Indian Civil Veterinary Department memoirs
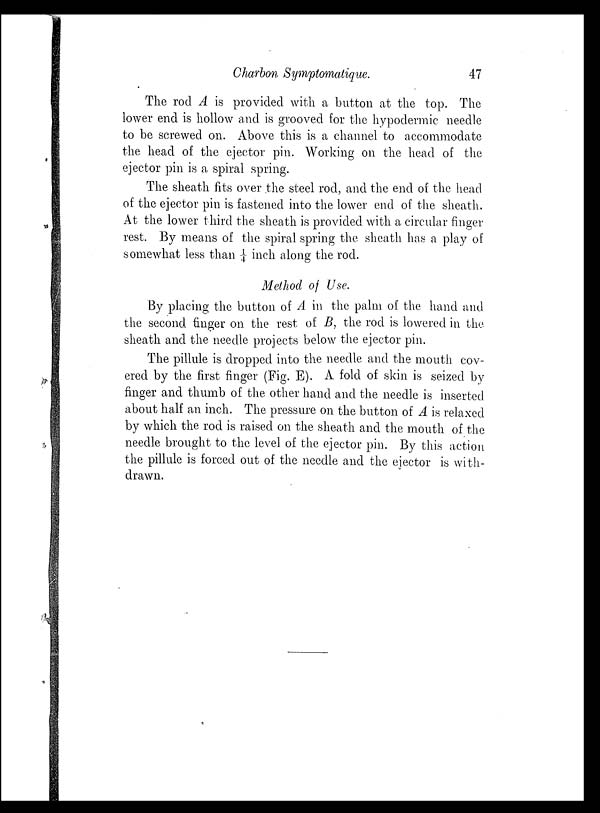
Charbon Symptomatique.
47
The rod A is provided with a button at the top. The
lower end is hollow and is grooved for the hypodermic needle
to be screwed on. Above this is a channel to accommodate
the head of the ejector pin. Working on the head of the
ejector pin is a spiral spring.
The sheath fits over the steel rod, and the end of the head
of the ejector pin is fastened into the lower end of the sheath.
At the lower third the sheath is provided with a circular finger
rest. By means of the spiral spring the sheath has a play of
somewhat less than ¼ inch along the rod.
Method of Use.
By placing the button of A in the palm of the hand and
the second finger on the rest of B, the rod is lowered in the
sheath and the needle projects below the ejector pin.
The pillule is dropped into the needle and the mouth cov-
ered by the first finger (Fig. E). A fold of skin is seized by
finger and thumb of the other hand and the needle is inserted
about half an inch. The pressure on the button of A is relaxed
by which the rod is raised on the sheath and the mouth of the
needle brought to the level of the ejector pin. By this action
the pillule is forced out of the needle and the ejector is with-
drawn.